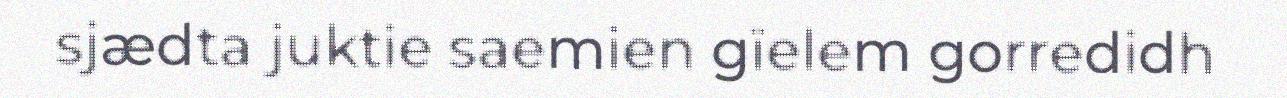
sjædta juktie saemien gïelem gorredidh